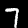
Digit: 7